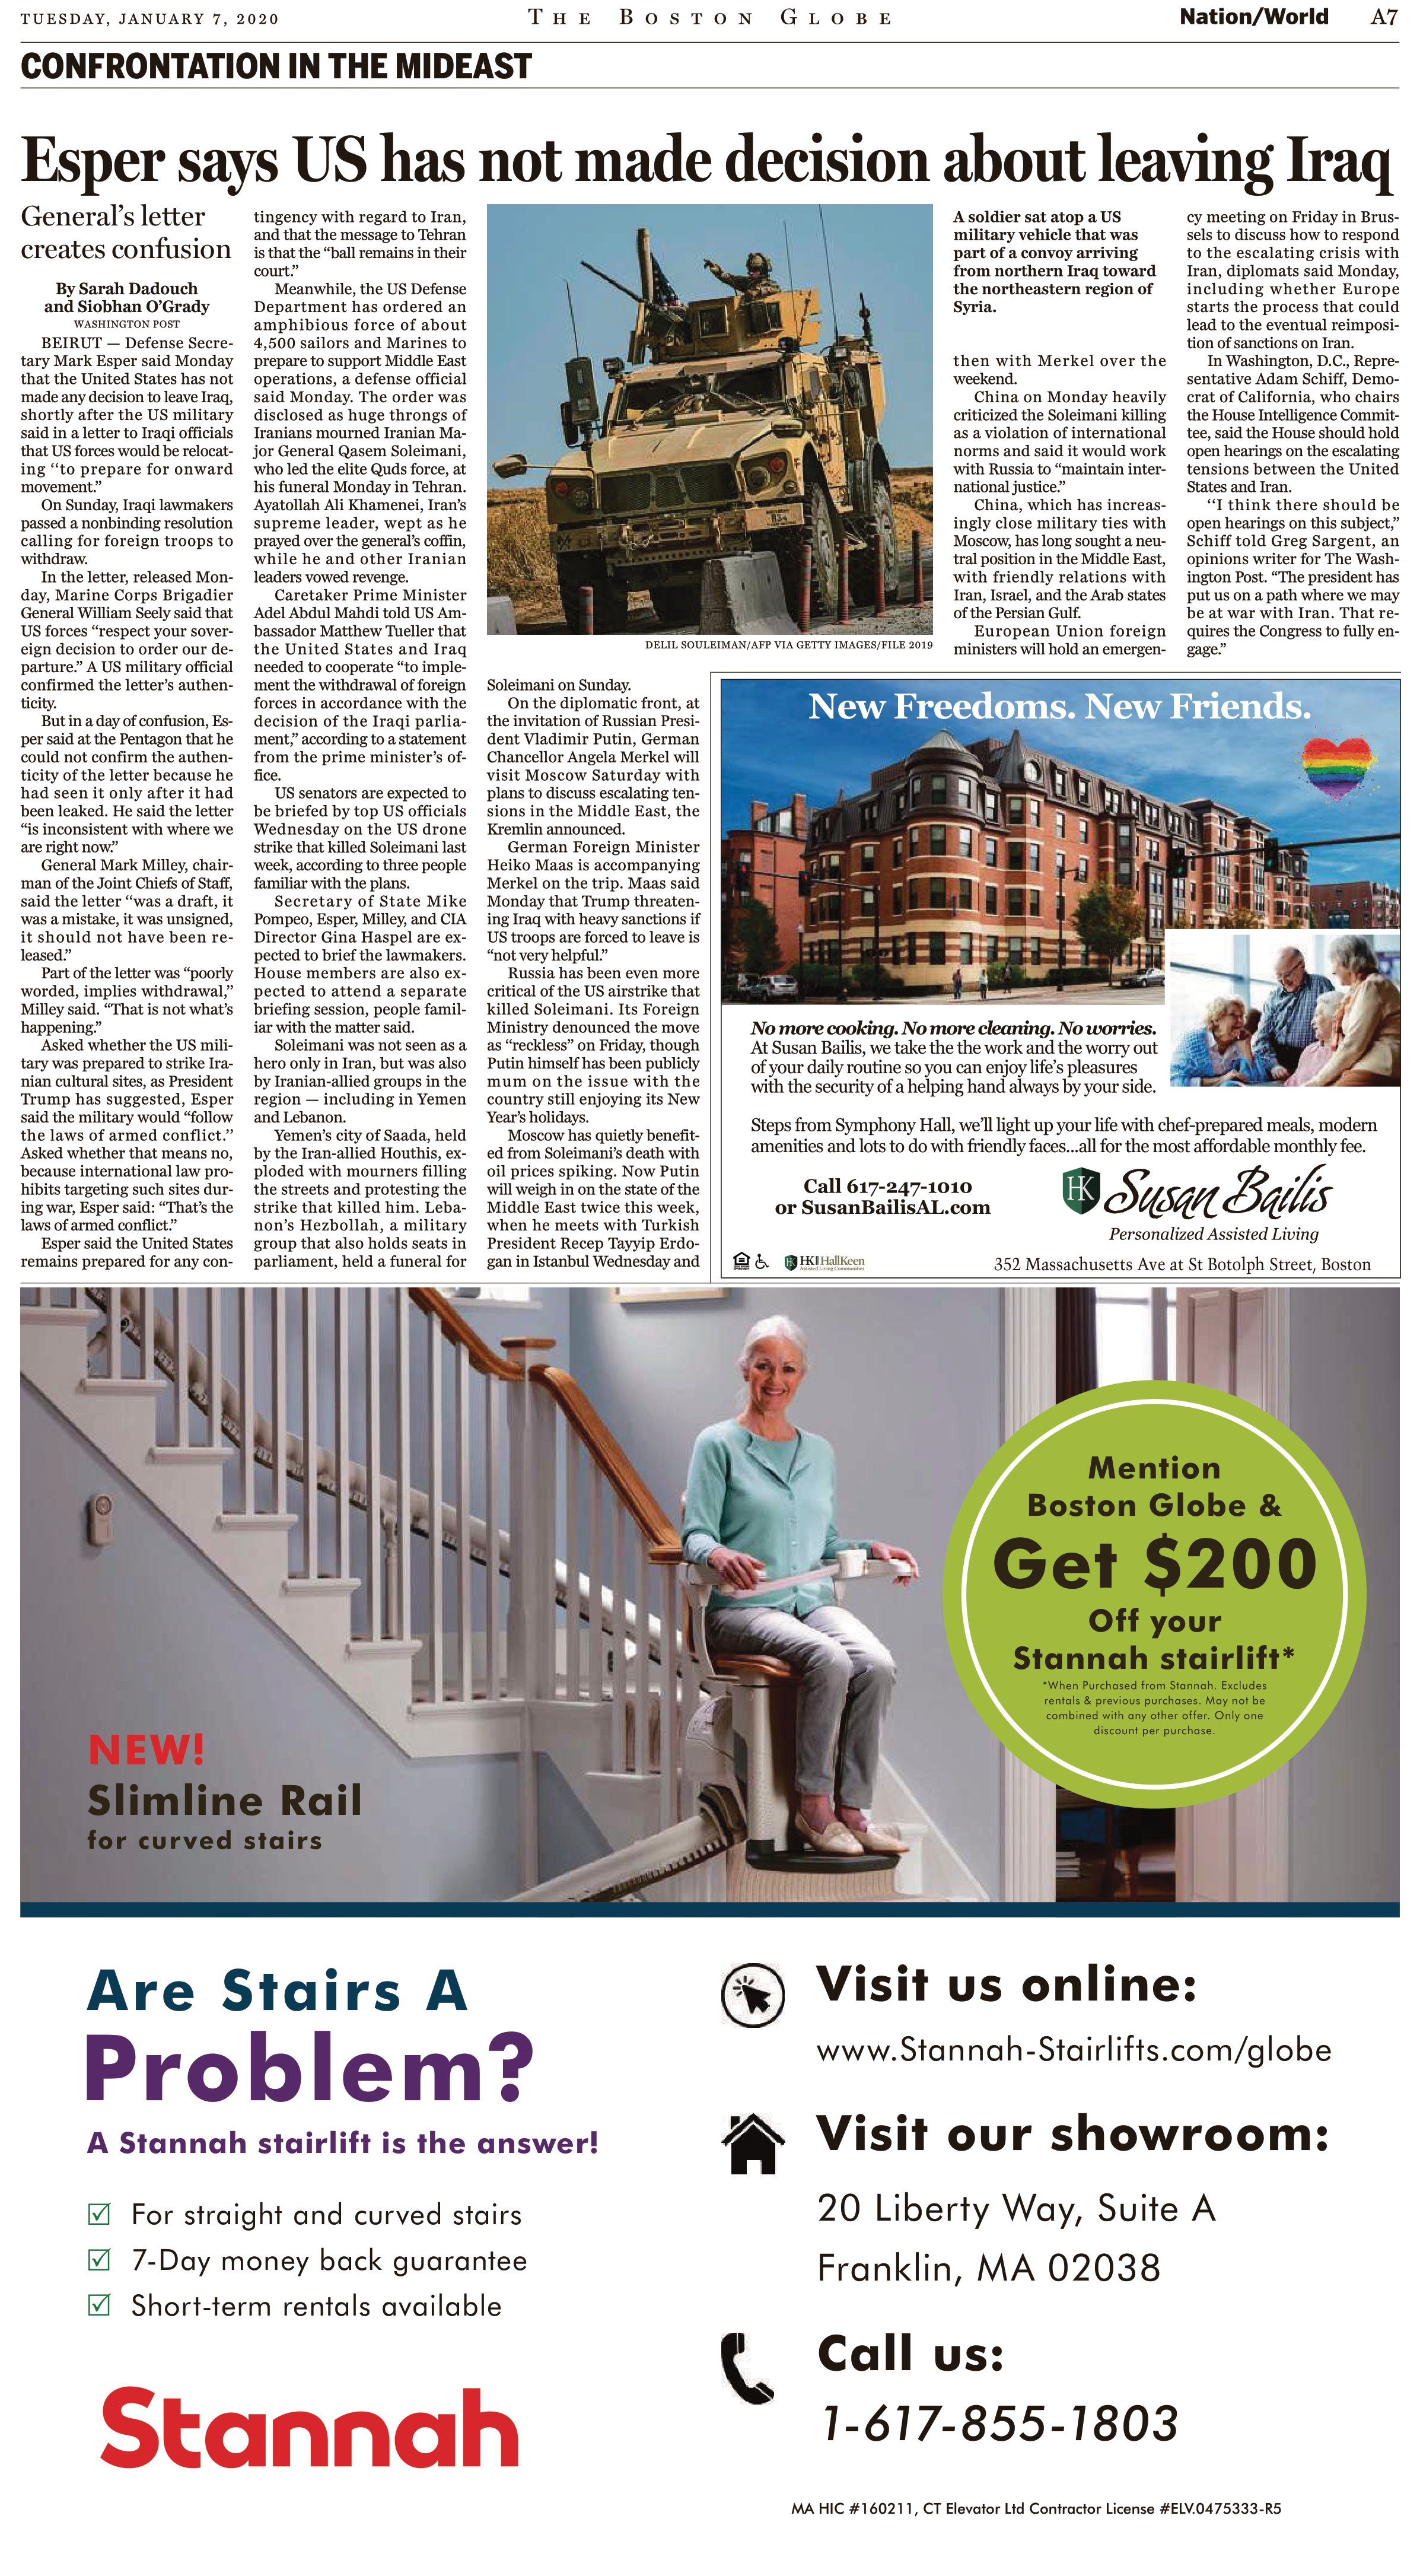
Language: en